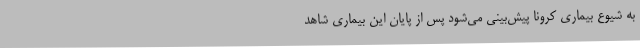
به شیوع بیماری کرونا پیش‌بینی می‌شود پس از پایان این بیماری شاهد